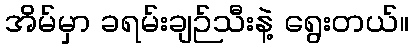
အိမ်မှာ ခရမ်းချဉ်သီးနဲ့ ရွေးတယ်။